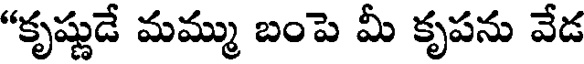
"కృష్ణుడే మమ్ము బంపె మీ కృపను వేడ